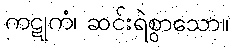
ကဋုကံ၊ ဆင်းရဲစွာသော။